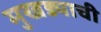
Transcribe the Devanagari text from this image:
मुखड्याची